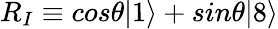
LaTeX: R_{I}\equiv cos\theta|1\rangle+sin\theta|8\rangle